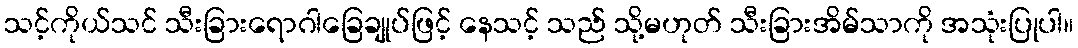
သင့်ကိုယ်သင် သီးခြားရောဂါခြေချုပ်ဖြင့် နေသင့် သည် သို့မဟုတ် သီးခြားအိမ်သာကို အသုံးပြုပါ။